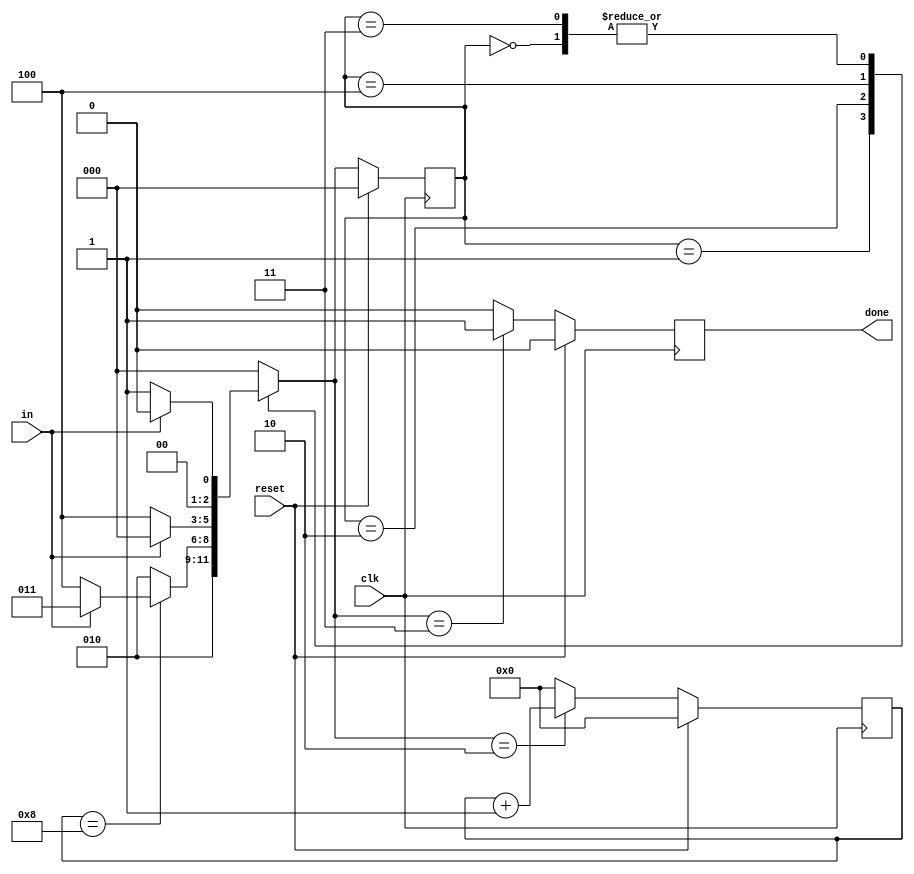
module top_module(
    input clk,
    input in,
    input reset,    // Synchronous reset
    output done
); 

    parameter idle=0,start=1,data=2,stop=3,error=4;
    reg [2:0] state,nstate;
    reg [3:0] cnt;
    
    always@(posedge clk) begin
        if(reset)
            state <= idle;
        else
            state <= nstate;
    end
    always@(*) begin
        nstate=idle;
        case(state)
            idle: nstate=in?idle:start;
            start: nstate=data;
            data: nstate=(cnt==8)?(in?stop:error):data;
            error: nstate=in?idle:error;
            stop: nstate=in?idle:start;
            default:nstate=idle;
        endcase
    end
    always@(posedge clk)begin
        if(reset)begin
            done<=0;
            cnt<=0;
        end
        else
            case(nstate)
                data: begin
                    done<=0;
                    cnt<=cnt+1'b1;
                end
                stop: begin
                    done<=1;
                    cnt<=0;
                end
                default: begin
                    done<=0;
                    cnt<=0;
                end
            endcase
    end
endmodule